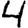
Digit: 4